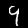
Label: 9